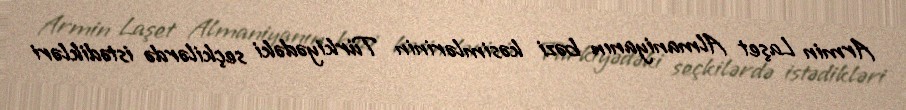
Armin Laşet Almaniyanın bəzi kəsimlərinin Türkiyədəki seçkilərdə istədikləri